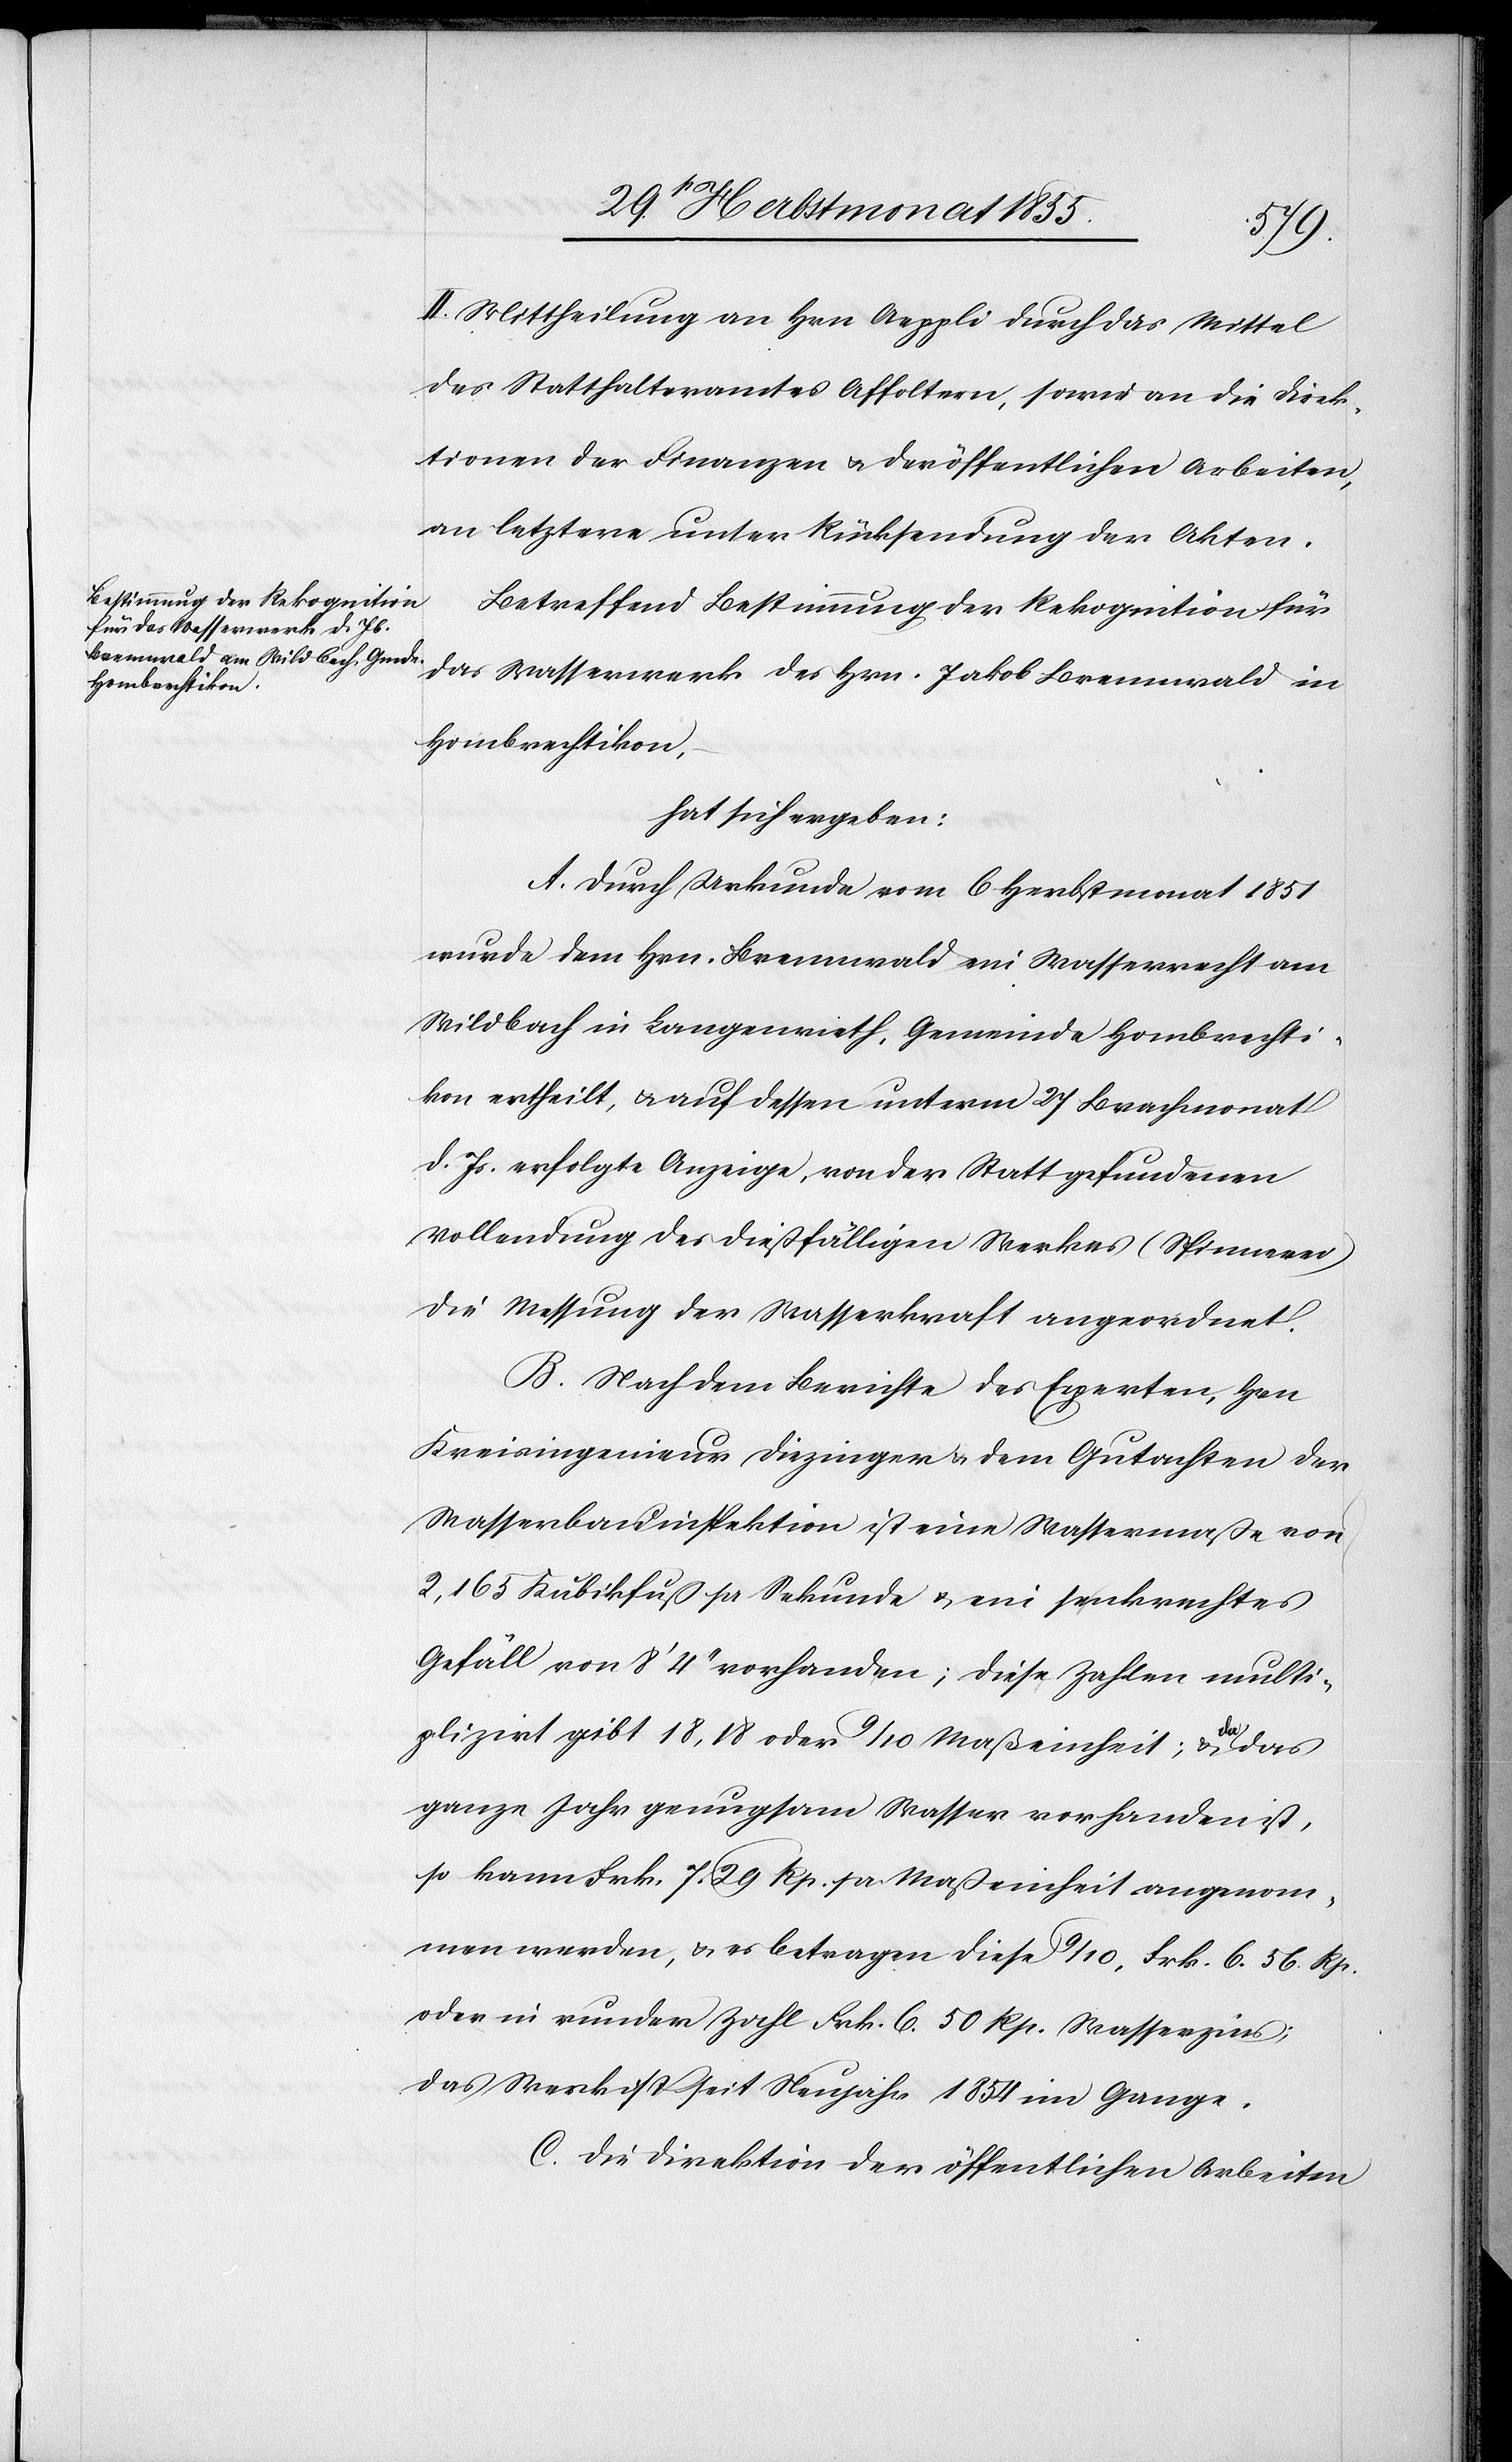
II. Mittheilung an Hrn. Aeppli durch das Mittel
des Statthalteramtes Affoltern, sowie an die Direk¬
tionen der Finanzen & der öffentlichen Arbeiten,
an letztere unter Rücksendung der Akten.
Betreffend Bestimmung der Rekognition für
das Wasserwerk des Hrn. Jakob Brennwald in
Hombrechtikon,
hat sich ergeben:
A. Durch Urkunde vom 6 Herbstmonat 1851
wurde dem Hrn. Brennwald ein Wasserrecht am
Wildbach in Langenrieth, Gemeinde Hombrechti¬
kon ertheilt, & auf dessen unterm 27 Brachmonat
d. Js. erfolgte Anzeige, von der Statt gefundenen
Vollendung des dießfälligen Werkes (Spinnerei)
die Messung der Wasserkraft angeordnet.
B. Nach dem Berichte des Experten, Hrn.
Kreisingenieur Diezinger & dem Gutachten der
Wasserbauinspektion ist eine Wassermaße von
2,165 Kubikfuß pr Sekunde & ein senkrechtes
Gefäll von 8‘ 4‘‘ vorhanden; diese Zahlen multi¬
plizirt gibt 18,18 oder 9/10, Frk. 6. 56. Rp.
oder in runder Zahl Frk. 6. 50 Rp. Wasserzins;
das Werk ist seit Neujahr 1854 im Gange.
C. Die Direktion der öffentlichen Arbeiten